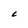
Character: C